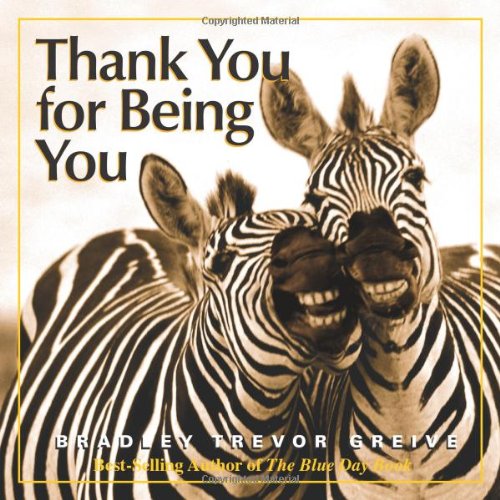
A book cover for Thank You for Being You; Bradley Trevor Greive; Self-Help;